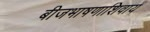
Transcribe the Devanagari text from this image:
बीजभाषणाशिवाय